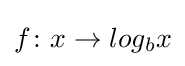
f\colon x\to log_{b}x